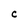
Character: C